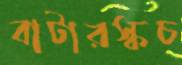
বাটারস্কচ